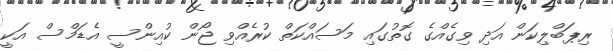
ރިޕަބްލިކަން އަދި ވިގެއްގެ ގޮތުގައި މަސައްކަތް ކުރެއްވި ޖޯން ކުއިންސީ އެޑަމްސް އަކީ